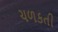
ચળકતી